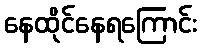
နေထိုင်နေရကြောင်း